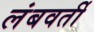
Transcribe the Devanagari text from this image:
लंबवर्ती